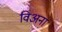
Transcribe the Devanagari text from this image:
विअना